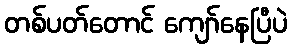
တစ်ပတ်တောင် ကျော်နေပြီပဲ